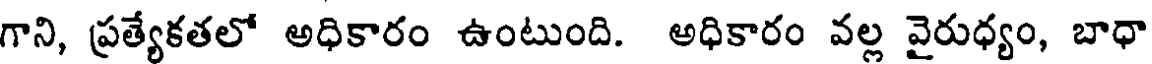
గాని, ప్రత్యేకతలో అధికారం ఉంటుంది. అధికారం వల్ల వైరుధ్యం, బాధా